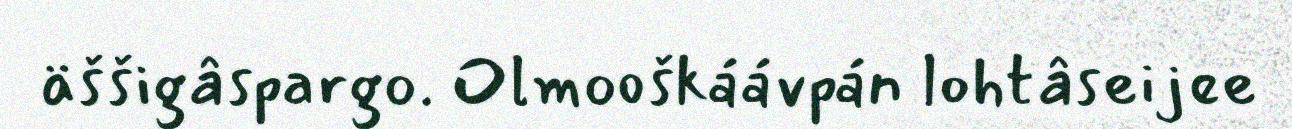
äššigâspargo. Olmooškáávpán lohtâseijee